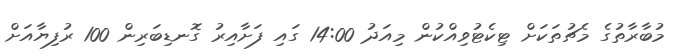
މުބާރާތުގެ މެޗުތަކަށް ޓިކެޓުވިއްކުން މިއަދު 14:00 ގައި ފަށާއިރު ގޮނޑިބަރިން 100 ރުފިޔާއަށް